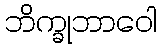
ဘိက္ခုဘာဝေါ